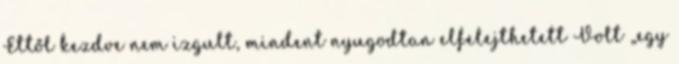
Ettől kezdve nem izgult, min­dent nyugodtan elfelejthetett Volt „egy